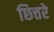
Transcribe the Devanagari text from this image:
छित्तरे